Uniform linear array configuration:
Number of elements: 48
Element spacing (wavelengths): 0.5
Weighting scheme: cosine
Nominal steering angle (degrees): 30
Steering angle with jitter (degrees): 29.327
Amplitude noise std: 0.05
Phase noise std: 0.05

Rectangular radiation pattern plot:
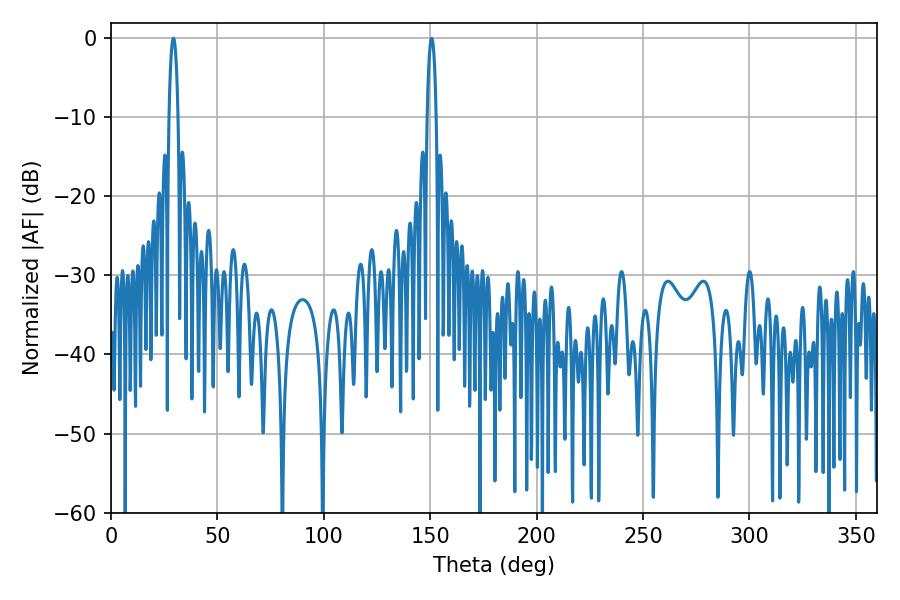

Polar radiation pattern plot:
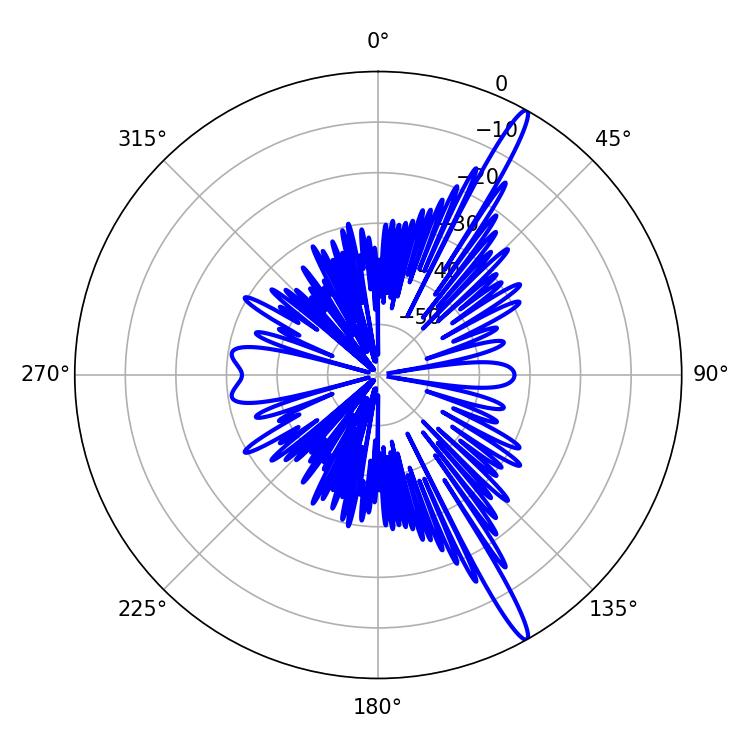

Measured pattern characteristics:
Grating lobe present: FALSE
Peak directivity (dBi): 16.301
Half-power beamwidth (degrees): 2.52
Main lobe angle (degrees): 29.34